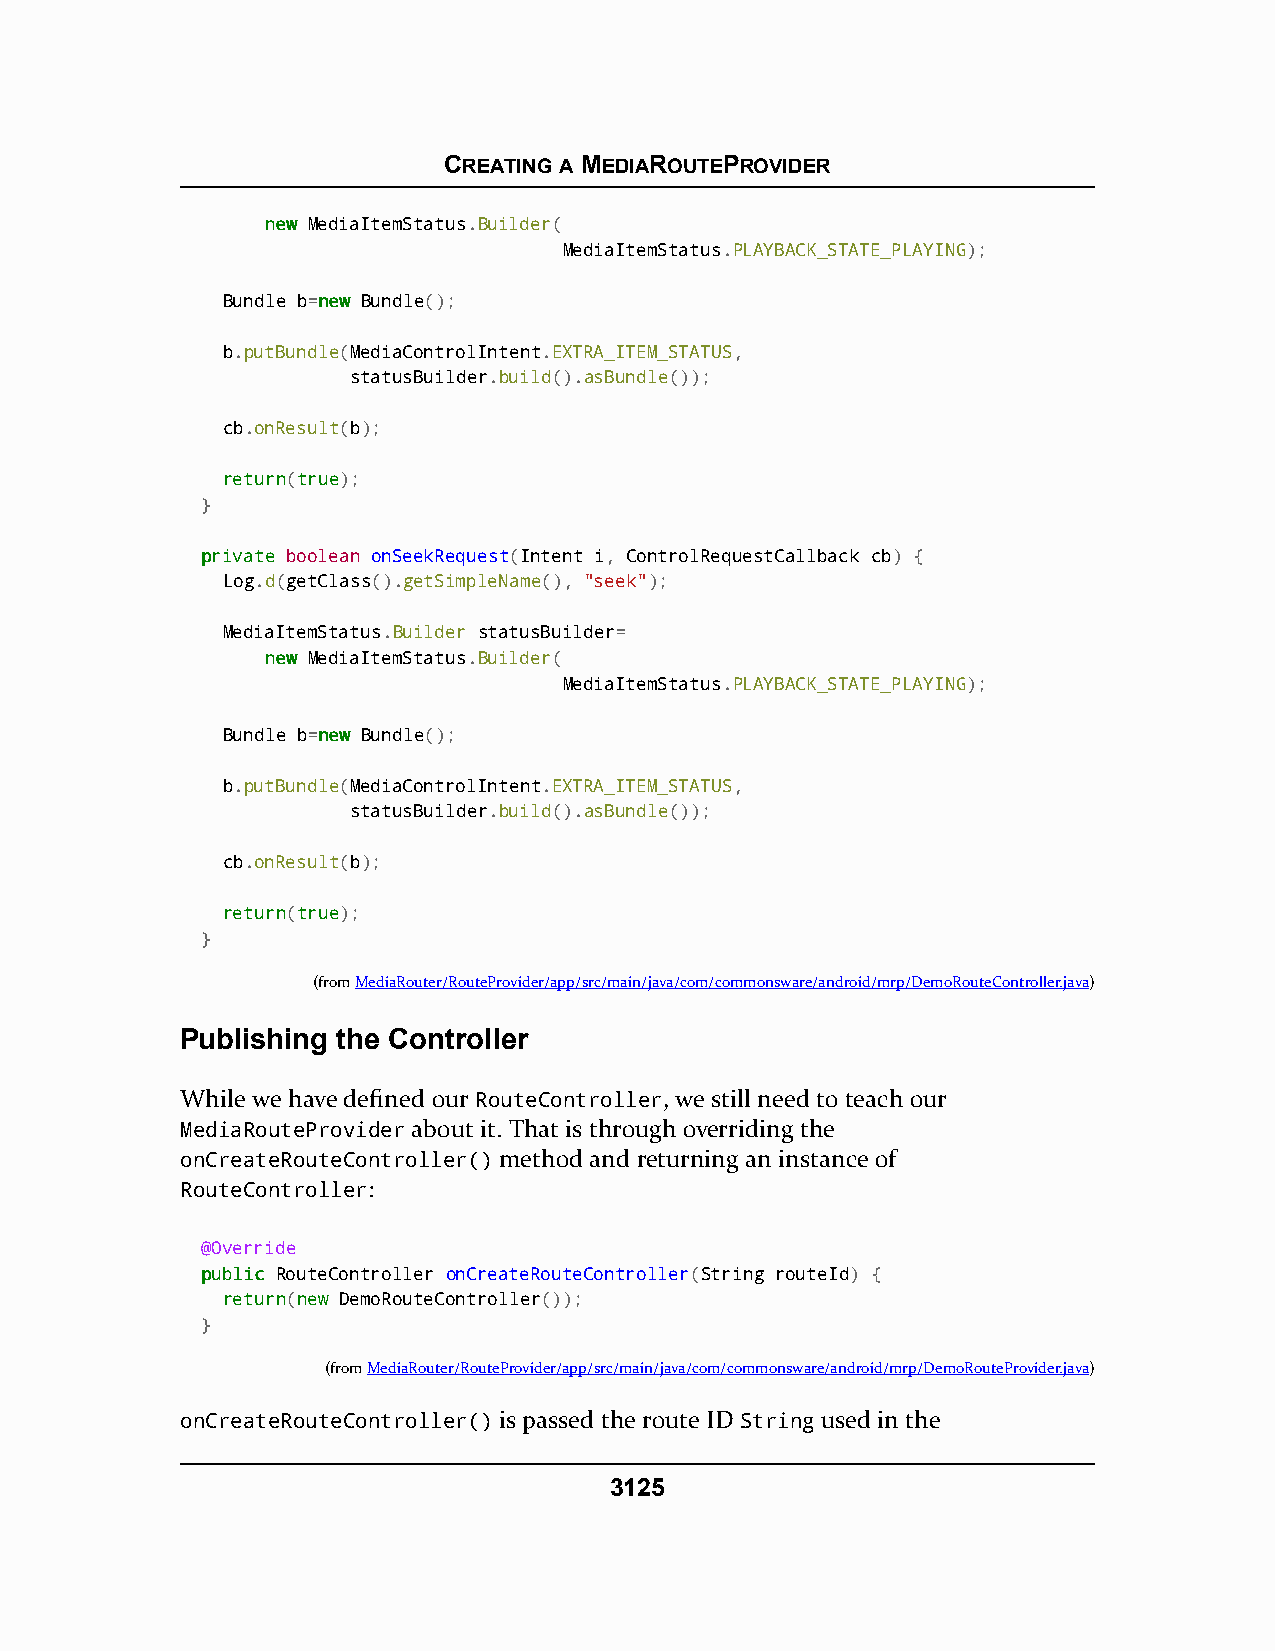
CREATING A MEDIAROUTEPROVIDER
 nneeww MediaItemStatus.Builder(
 MediaItemStatus.PLAYBACK_STATE_PLAYING);
 Bundle b=nneeww Bundle();
 b.putBundle(MediaControlIntent.EXTRA_ITEM_STATUS,
 statusBuilder.build().asBundle());
 cb.onResult(b);
 rreettuurrnn(ttrruuee);
 }
 pprriivvaattee boolean onSeekRequest(Intent i, ControlRequestCallback cb) {
 Log.d(getClass().getSimpleName(), "seek");
 MediaItemStatus.Builder statusBuilder=
 nneeww MediaItemStatus.Builder(
 MediaItemStatus.PLAYBACK_STATE_PLAYING);
 Bundle b=nneeww Bundle();
 b.putBundle(MediaControlIntent.EXTRA_ITEM_STATUS,
 statusBuilder.build().asBundle());
 cb.onResult(b);
 rreettuurrnn(ttrruuee);
 }
 (fromMediaRouter/RouteProvider/app/src/main/java/com/commonsware/android/mrp/DemoRouteController.java)
 Publishing the Controller
 While we have defined our RouteController, we still need to teach our
 MediaRouteProvider about it. That is through overriding the
 onCreateRouteController() method and returning an instance of
 RouteController:
 @Override
 ppuubblliicc RouteController onCreateRouteController(String routeId) {
 rreettuurrnn(nneeww DemoRouteController());
 }
 (fromMediaRouter/RouteProvider/app/src/main/java/com/commonsware/android/mrp/DemoRouteProvider.java)
 onCreateRouteController() is passed the route ID String used in the
 3125